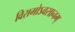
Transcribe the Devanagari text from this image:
विरामोऽवसानम्